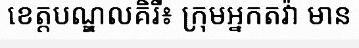
ខេត្តបណ្ឌលគិរី៖ ក្រុមអ្នកតវ៉ា មាន